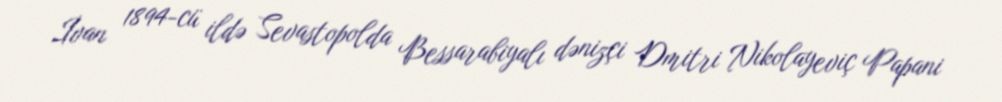
İvan 1894-cü ildə Sevastopolda Bessarabiyalı dənizçi Dmitri Nikolayeviç Papani